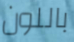
باللون